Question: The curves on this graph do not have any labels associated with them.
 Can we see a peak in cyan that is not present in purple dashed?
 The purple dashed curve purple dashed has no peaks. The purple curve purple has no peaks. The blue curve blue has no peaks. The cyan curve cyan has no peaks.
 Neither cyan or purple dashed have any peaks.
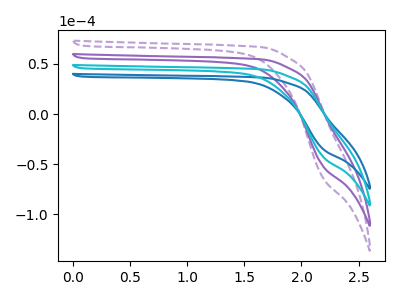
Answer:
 <answer>No, "cyan" and "purple dashed" don't appear to be significantly different in shape</answer>
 <eval>no_change</eval>